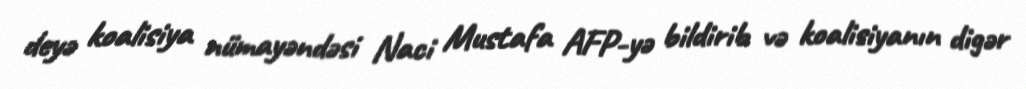
deyə koalisiya nümayəndəsi Naci Mustafa AFP-yə bildirib və koalisiyanın digər